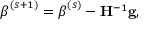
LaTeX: { \boldsymbol { \beta } } ^ { ( s + 1 ) } = { \boldsymbol { \beta } } ^ { ( s ) } - \mathbf { H } ^ { - 1 } \mathbf { g } ,